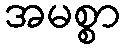
အမစ္စာ